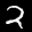
Label: 2